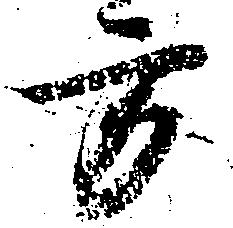
方